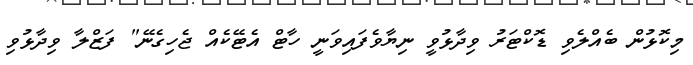
މިކޮޅުން ބެއްލެވި ޑޮކްޓަރު ވިދާޅުވީ ނިޔާވެފައިވަނީ ހާޓް އެޓޭކެއް ޖެހިގެނޭ" ފަޒްލާ ވިދާޅުވި